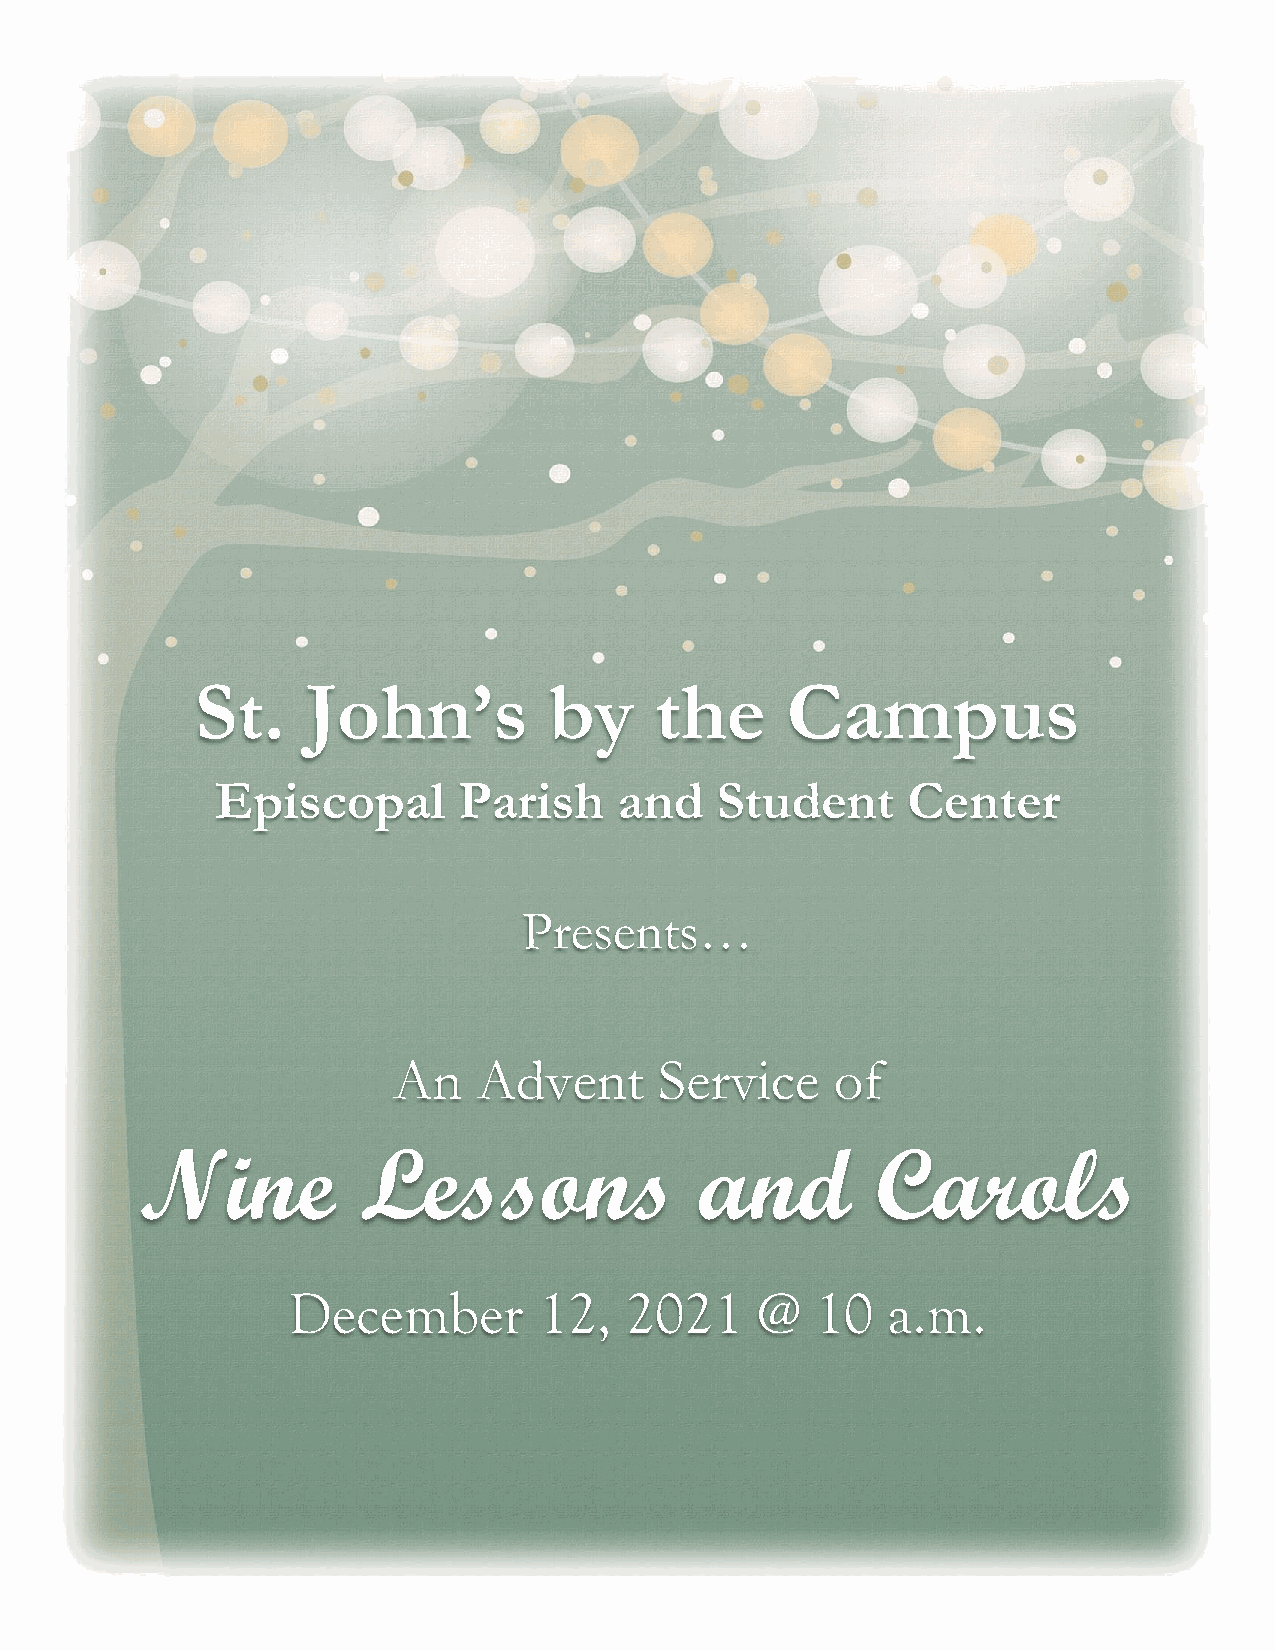
St.    John’s          by     the      Campus
 Episcopal       Parish     and   Student      Center
 Presents…
 An    Advent      Service    of
 Nine           Lessons               and         Carols
 December         12,  2021     @   10   a.m.